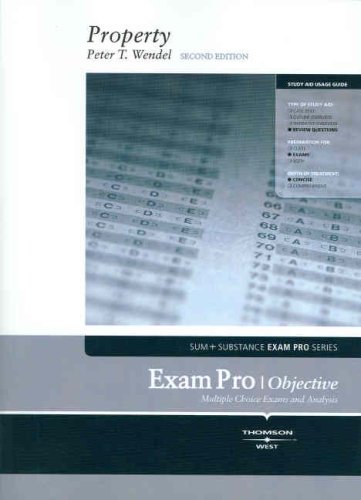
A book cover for Exam Pro Objective Questions on Property; Peter Wendel; Law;